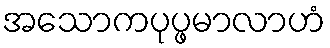
အသောကပုပ္ဖမာလာဟံ